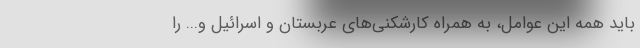
باید همه این عوامل، به همراه کارشکنی‌های عربستان و اسرائیل و... را